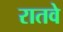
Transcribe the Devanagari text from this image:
रातवे